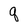
Character: q